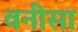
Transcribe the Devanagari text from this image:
वनीसा